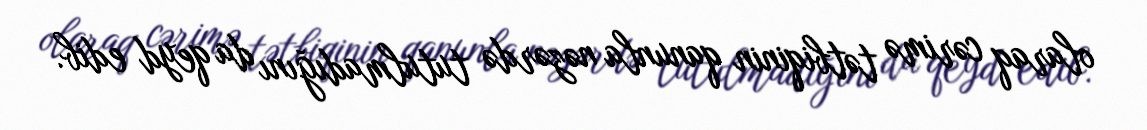
olaraq cərimə tətbiqinin qanunla nəzərdə tutulmadığını da qeyd edib.